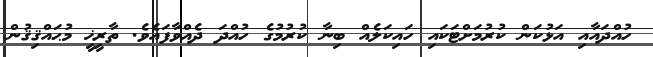
ހުއްދައާއި އަޅުކަން ކުރުމަށްޓަކައި ހައިކަލެއް ބިނާ ކުރުމުގެ ހުއްދަ ދެއްވާފައެވެ. ތާރީޚީ މުޙައްޤިޤުން